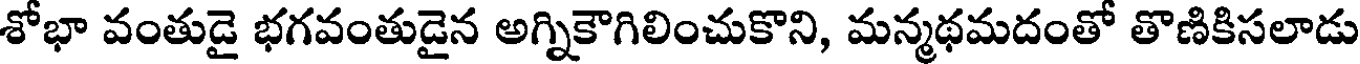
శోభా వంతుడై భగవంతుడైన అగ్నికౌగిలించుకొని, మన్మథమదంతో తొణికిసలాడు